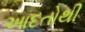
આદતોથી